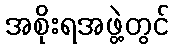
အစိုးရအဖွဲ့တွင်